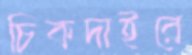
চিকদাইরে